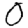
Digit: 0